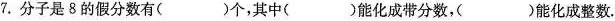
7.分子是8的假分数有( )个，其中( )能化成带分数，( )能化成整数.